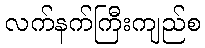
လက်နက်ကြီးကျည်စ